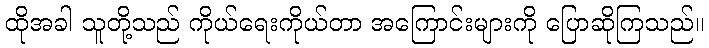
ထိုအခါ သူတို့သည် ကိုယ်ရေးကိုယ်တာ အကြောင်းများကို ပြောဆိုကြသည်။